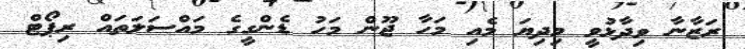
ރަޒާނާ ވިދާޅުވީ މިދިޔަ މެއި މަހާ ޖޫން މަހު ޑެންގީގެ މައްސަލަތައް ރިޕޯޓް